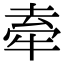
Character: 𭷣